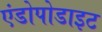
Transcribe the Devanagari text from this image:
एंडोपोडाइट